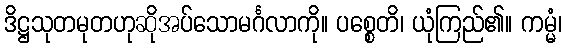
ဒိဋ္ဌသုတမုတဟုဆိုအပ်သောမင်္ဂလာကို။ ပစ္စေတိ၊ ယုံကြည်၏။ ကမ္မံ၊